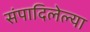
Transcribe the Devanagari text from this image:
संपादिलेल्या